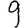
Digit: 9